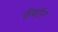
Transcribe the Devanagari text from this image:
कॅपटॅन